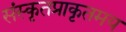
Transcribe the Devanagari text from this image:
संस्कृतप्राकृतमय